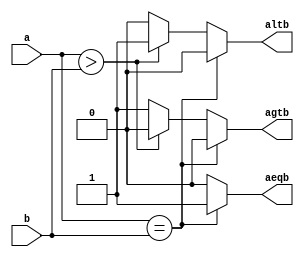
module comp_if(a, b, agtb, altb, aeqb);
    input  [3:0] a, b;
    output       altb, agtb, aeqb;
    reg          altb, agtb, aeqb;

    always @(a or b) begin
        altb = 1'b0;
        agtb = 1'b0;
        aeqb = 1'b0;
        if     (a == b) aeqb = 1'b1;
        else if(a > b)  altb = 1'b1;
        else            agtb = 1'b1;
    end
endmodule